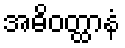
အဓိဝတ္ထာနံ